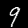
Digit: 9